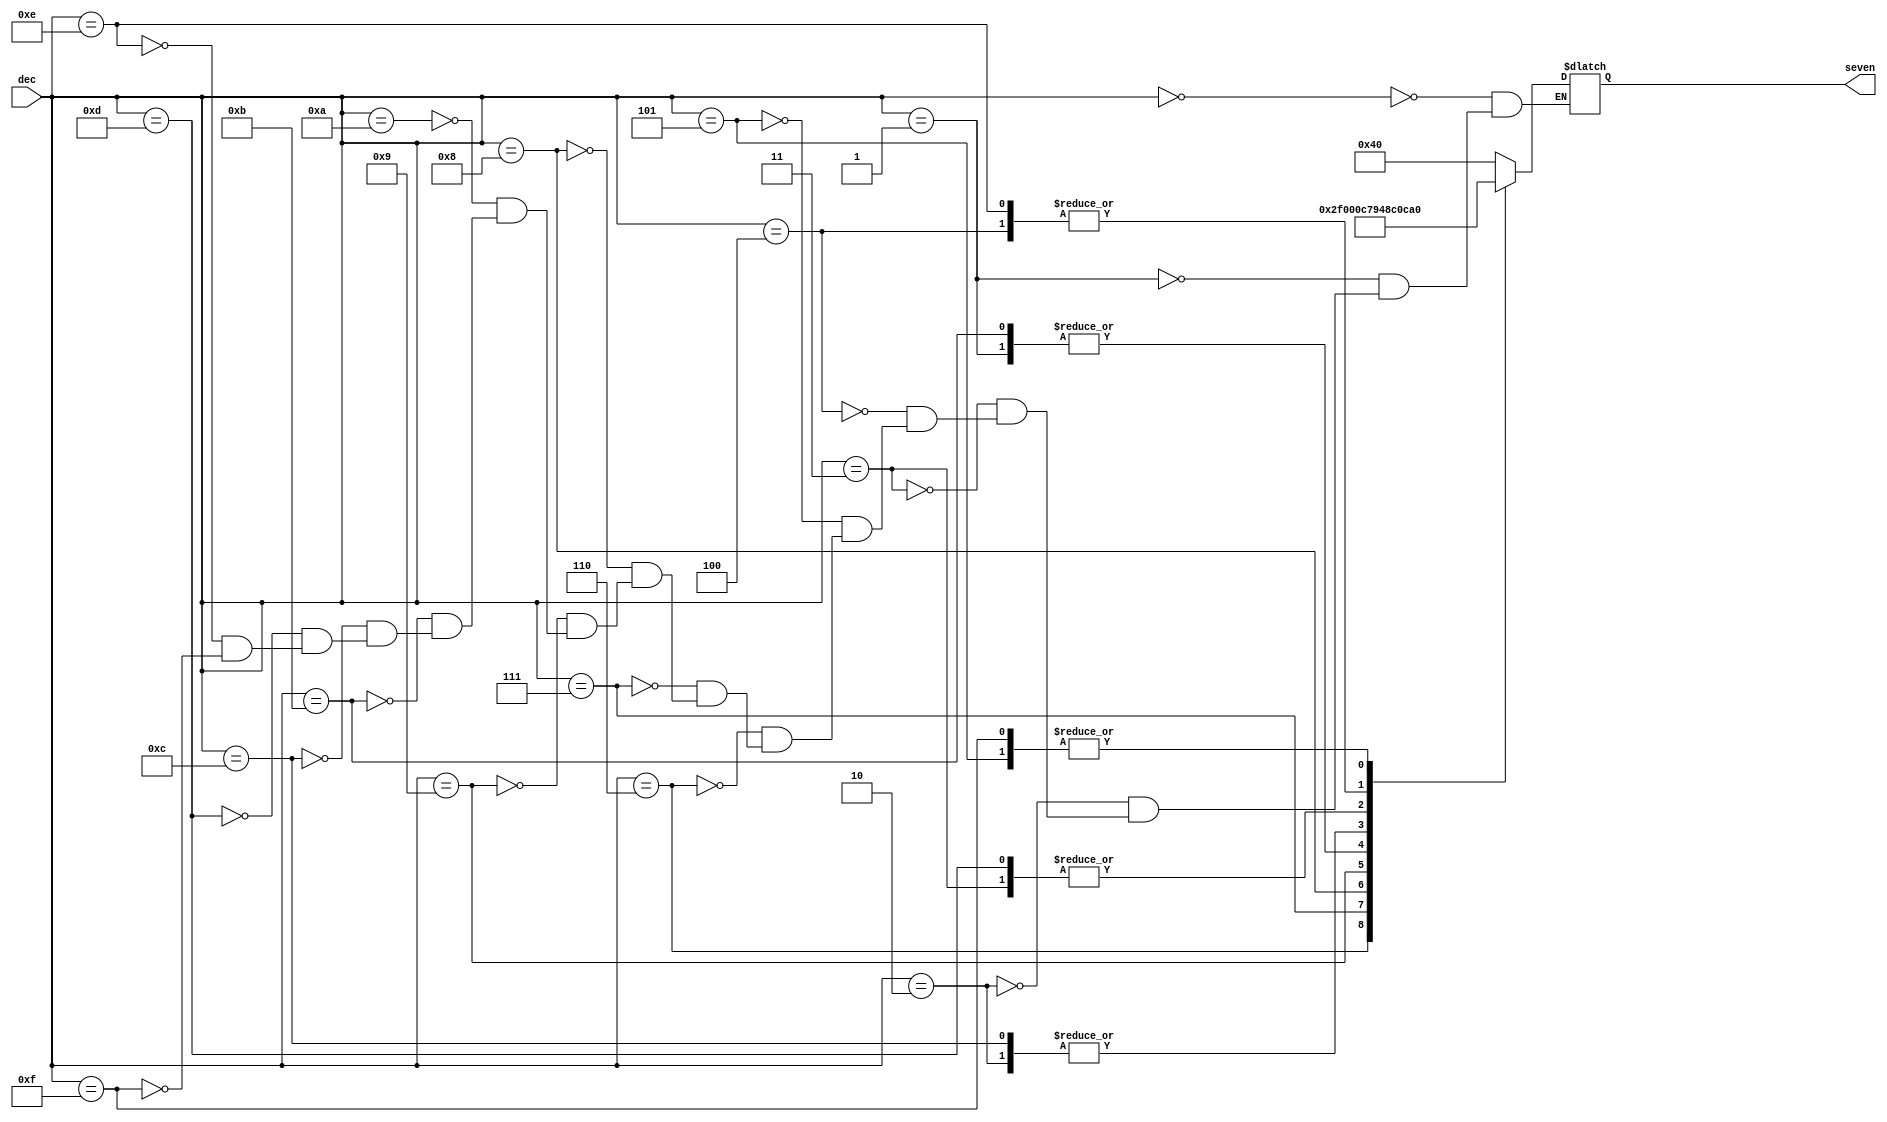
module dec_seven(dec, seven);
	input [4:0] dec;
	output [6:0] seven;
	
	reg [6:0] seven;
	
	always @(dec)
	begin
		case (dec)
			5'b00000 : seven = 7'b1000000;	//0
						  
			5'b00001 : seven = 7'b1111001;	//1
						 
			5'b00010 : seven = 7'b0100100;	//2

			5'b00011 : seven = 7'b0110000;	//3
			
			5'b00100 : seven = 7'b0011001;	//4

			5'b00101 : seven = 7'b0010010;	//5

			5'b00110 : seven = 7'b0000010;	//6
							
			5'b00111 : seven = 7'b1111000;	//7
							
			5'b01000 : seven = 7'b0000000;	//8
							
			5'b01001 : seven = 7'b0011000;	//9
							
			5'b01010 : seven = 7'b1000000;	//10
							
			5'b01011 : seven = 7'b1111001;	//11 
							
			5'b01100 : seven = 7'b0100100;	//12
							
			5'b01101 : seven = 7'b0110000;	//13
							
			5'b01110 : seven = 7'b0011001;	//14
						
			5'b01111 : seven = 7'b0010010;	//15
							
		endcase
	end
	
endmodule